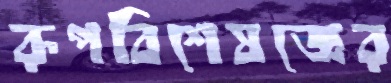
রূপবিশেষজ্ঞের